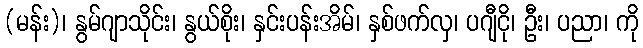
(မန်း)၊ နွမ်ဂျာသိုင်း၊ နွယ်စိုး၊ နှင်းပန်းအိမ်၊ နှစ်ဖက်လှ၊ ပဂျီငို၊ ဦး၊ ပညာ၊ ကို